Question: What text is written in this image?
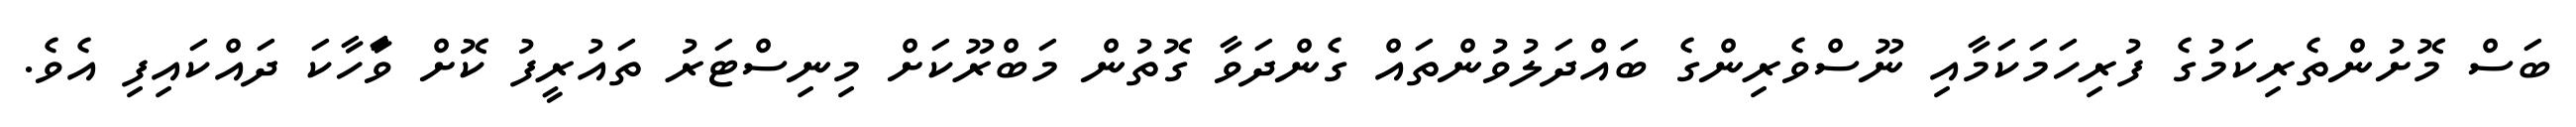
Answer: ބަސް މޮށުންތެރިކަމުގެ ފުރިހަމަކަމާއި ނޫސްވެރިންގެ ބައްދަލުވުންތައް ގެންދަވާ ގޮތުން މަބްރޫކަށް މިނިސްޓަރު ތައުރީފު ކޮށް ވާަހާކަ ދައްކައިފި އެވެ.